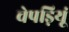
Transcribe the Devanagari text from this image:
चेपड़ियूं